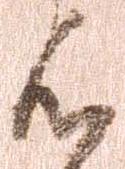
候